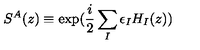
S ^ { A } ( z ) \equiv \exp ( \frac { i } { 2 } \sum _ { I } \epsilon _ { I } H _ { I } ( z ) )